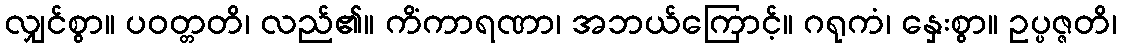
လျှင်စွာ။ ပဝတ္တတိ၊ လည်၏။ ကိံကာရဏာ၊ အဘယ်ကြောင့်။ ဂရုကံ၊ နှေးစွာ။ ဥပ္ပဇ္ဇတိ၊